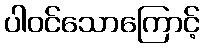
ပါဝင်သောကြောင့်